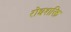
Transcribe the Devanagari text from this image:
रोधशक्ति